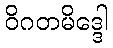
ဝိဂတမိဒ္ဒေါ